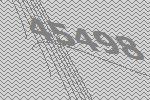
45498